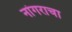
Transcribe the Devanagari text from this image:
नांगराचा